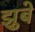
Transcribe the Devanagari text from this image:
झुबे